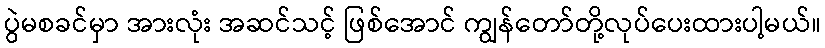
ပွဲမစခင်မှာ အားလုံး အဆင်သင့် ဖြစ်အောင် ကျွန်တော်တို့လုပ်ပေးထားပါ့မယ်။